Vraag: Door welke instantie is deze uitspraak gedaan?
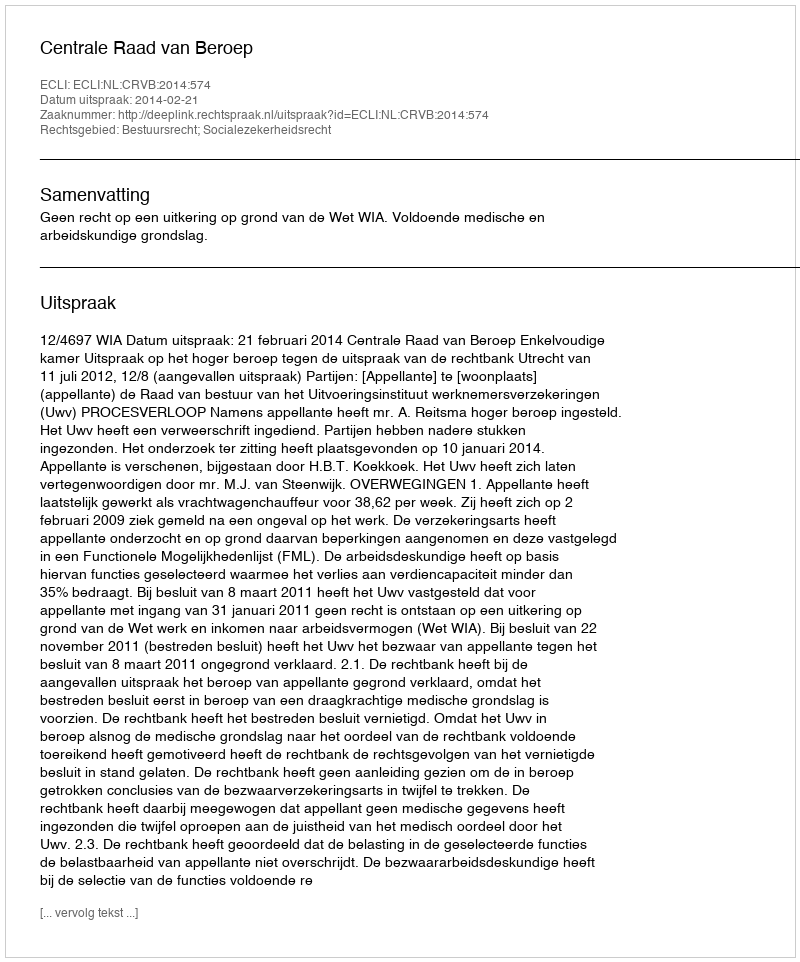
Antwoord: Centrale Raad van Beroep